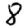
Digit: 8